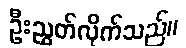
ဦးညွှတ်လိုက်သည်။